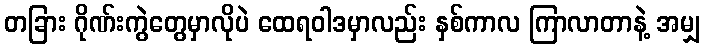
တခြား ဂိုဏ်းကွဲတွေမှာလိုပဲ ထေရဝါဒမှာလည်း နှစ်ကာလ ကြာလာတာနဲ့ အမျှ